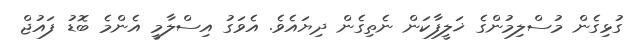
ގުޅިގެން މުސްލިމުންގެ ޚަލީފާކަން ނެތިގެން ދިޔައެވެ. އެވަގު އިސްލާމީ އެންމެ ބޮޑު ފައުޖް